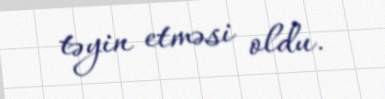
təyin etməsi oldu.